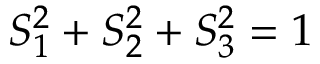
S _ { 1 } ^ { 2 } + S _ { 2 } ^ { 2 } + S _ { 3 } ^ { 2 } = 1